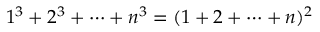
1 ^ { 3 } + 2 ^ { 3 } + \cdots + n ^ { 3 } = ( 1 + 2 + \cdots + n ) ^ { 2 }